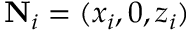
{ \bf N } _ { i } = ( x _ { i } , 0 , z _ { i } )